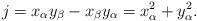
LaTeX: \begin{align*}j = x_\alpha y_\beta - x_\beta y_\alpha = x_\alpha^2 + y_\alpha^2.\end{align*}